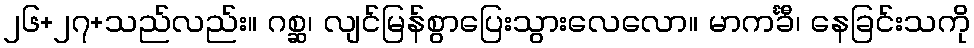
၂၆+၂၇+သည်လည်း။ ဂစ္ဆ၊ လျင်မြန်စွာပြေးသွားလေလော။ မာကင်္ခီ၊ နေခြင်းသကို